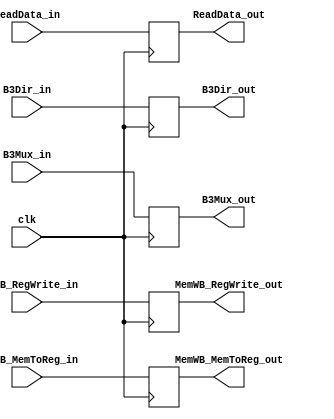
`timescale 1ns/1ns
/*Las salidas/salidas de la unidad de control que 
se ecuentran aqu vienen todas del bufer "Ex_Mem" */
module Mem_WB (
  //Entrada de la seal de reloj
  input clk,
  //Entradas de otros modulos
  input [31:00] ReadData_in,
  input [31:00] B3Dir_in,
  input [4:0] B3Mux_in,
  //Entradas de la Unidad de control
  input MemWB_RegWrite_in,
  input MemWB_MemToReg_in,
  //salidas de la unidad de control
  output reg MemWB_RegWrite_out,
  output reg MemWB_MemToReg_out,
  //Salidas de otros modulos
  output reg [31:00] ReadData_out,
  output reg [31:00] B3Dir_out,
  output reg [4:0] B3Mux_out
);

initial
begin
    ReadData_out = 0;
    B3Dir_out = 0;
    B3Mux_out = 0;
    MemWB_MemToReg_out = 0;
    MemWB_RegWrite_out = 0;
end

always @(posedge clk)
begin
  ReadData_out = ReadData_in;
  B3Dir_out = B3Dir_in;
  B3Mux_out = B3Mux_in;
  MemWB_RegWrite_out = MemWB_RegWrite_in; 
  MemWB_MemToReg_out = MemWB_MemToReg_in;
end

endmodule